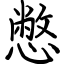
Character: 憋